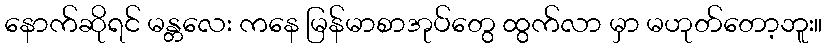
နောက်ဆိုရင် မန္တလေး ကနေ မြန်မာစာအုပ်တွေ ထွက်လာ မှာ မဟုတ်တော့ဘူး။